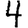
Digit: 4